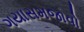
ગયાસમજાવો